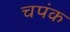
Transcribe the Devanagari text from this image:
चपंक